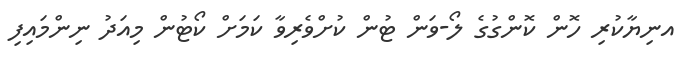
އނިޔާކުރި ހޮން ކޮންގުގެ ލޯ-ވަން ޓުން ކުށްވެރިވާ ކަމަށް ކޯޓުން މިއަދު ނިންމައިފި